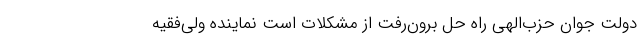
دولت جوان حزب‌الهی راه حل برون‌رفت از مشکلات است نماینده ولی‌فقیه